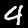
Label: 4